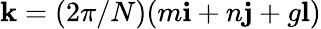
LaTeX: \mathbf{k}=(2\pi/N)(m\mathbf{i}+n\mathbf{j}+g\mathbf{l})